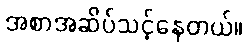
အစာအဆိပ်သင့်နေတယ်။